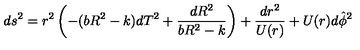
d s ^ { 2 } = r ^ { 2 } \left( - ( b R ^ { 2 } - k ) d T ^ { 2 } + \frac { d R ^ { 2 } } { b R ^ { 2 } - k } \right) + \frac { d r ^ { 2 } } { U ( r ) } + U ( r ) d \hat { \phi } ^ { 2 }